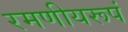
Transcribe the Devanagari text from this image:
रमणीयरूपं